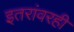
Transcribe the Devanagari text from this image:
इतरांवरही